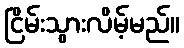
ငြိမ်းသွားလိမ့်မည်။